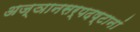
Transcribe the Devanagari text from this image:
अज्ञानसर्पदष्टानां